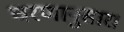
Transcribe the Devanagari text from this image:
चरणानुसार।